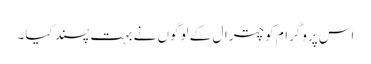
اس پروگرام کو چترال کے لوگوں نے بہت پسند کیا۔